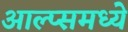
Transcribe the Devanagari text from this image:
आल्प्समध्ये